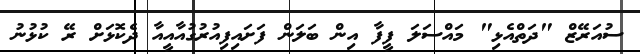
ސުއަރޭޒް "ދަތްއެޅި" މައްސަލަ ފީފާ އިން ބަލަން ފަށައިފިއުރުގުއާއީއާ ދެކޮޅަށް ރޭ ކުޅުނު